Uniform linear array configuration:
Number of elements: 8
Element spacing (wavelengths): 1
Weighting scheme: exponential
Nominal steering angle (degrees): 30
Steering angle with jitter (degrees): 28.764
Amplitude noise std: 0.05
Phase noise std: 0.05

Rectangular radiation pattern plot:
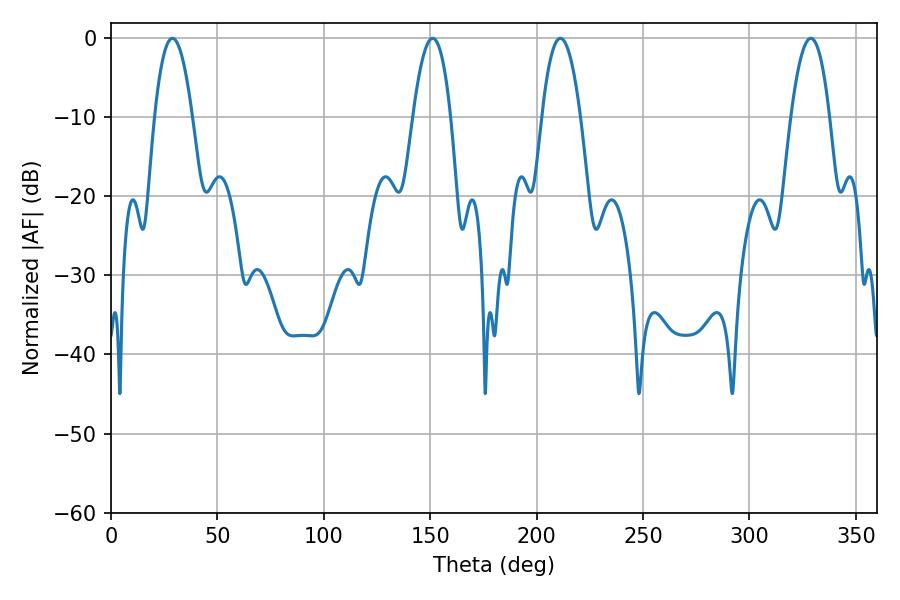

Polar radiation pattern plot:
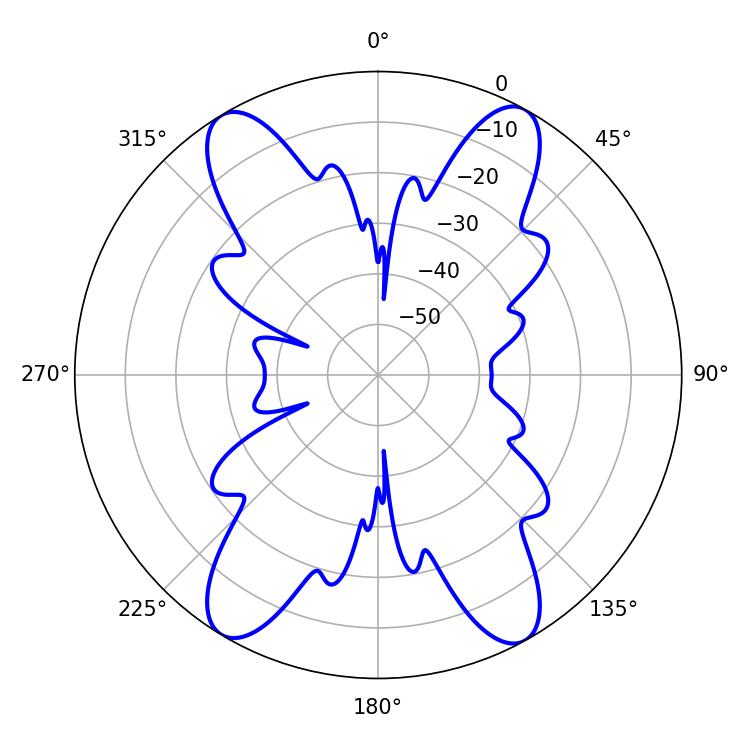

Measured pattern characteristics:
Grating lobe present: TRUE
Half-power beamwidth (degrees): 10.08
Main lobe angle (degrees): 328.86